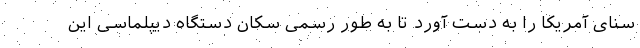
سنای آمریکا را به دست آورد تا به طور رسمی سکان دستگاه دیپلماسی این